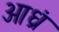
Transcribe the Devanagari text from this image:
आध्रं